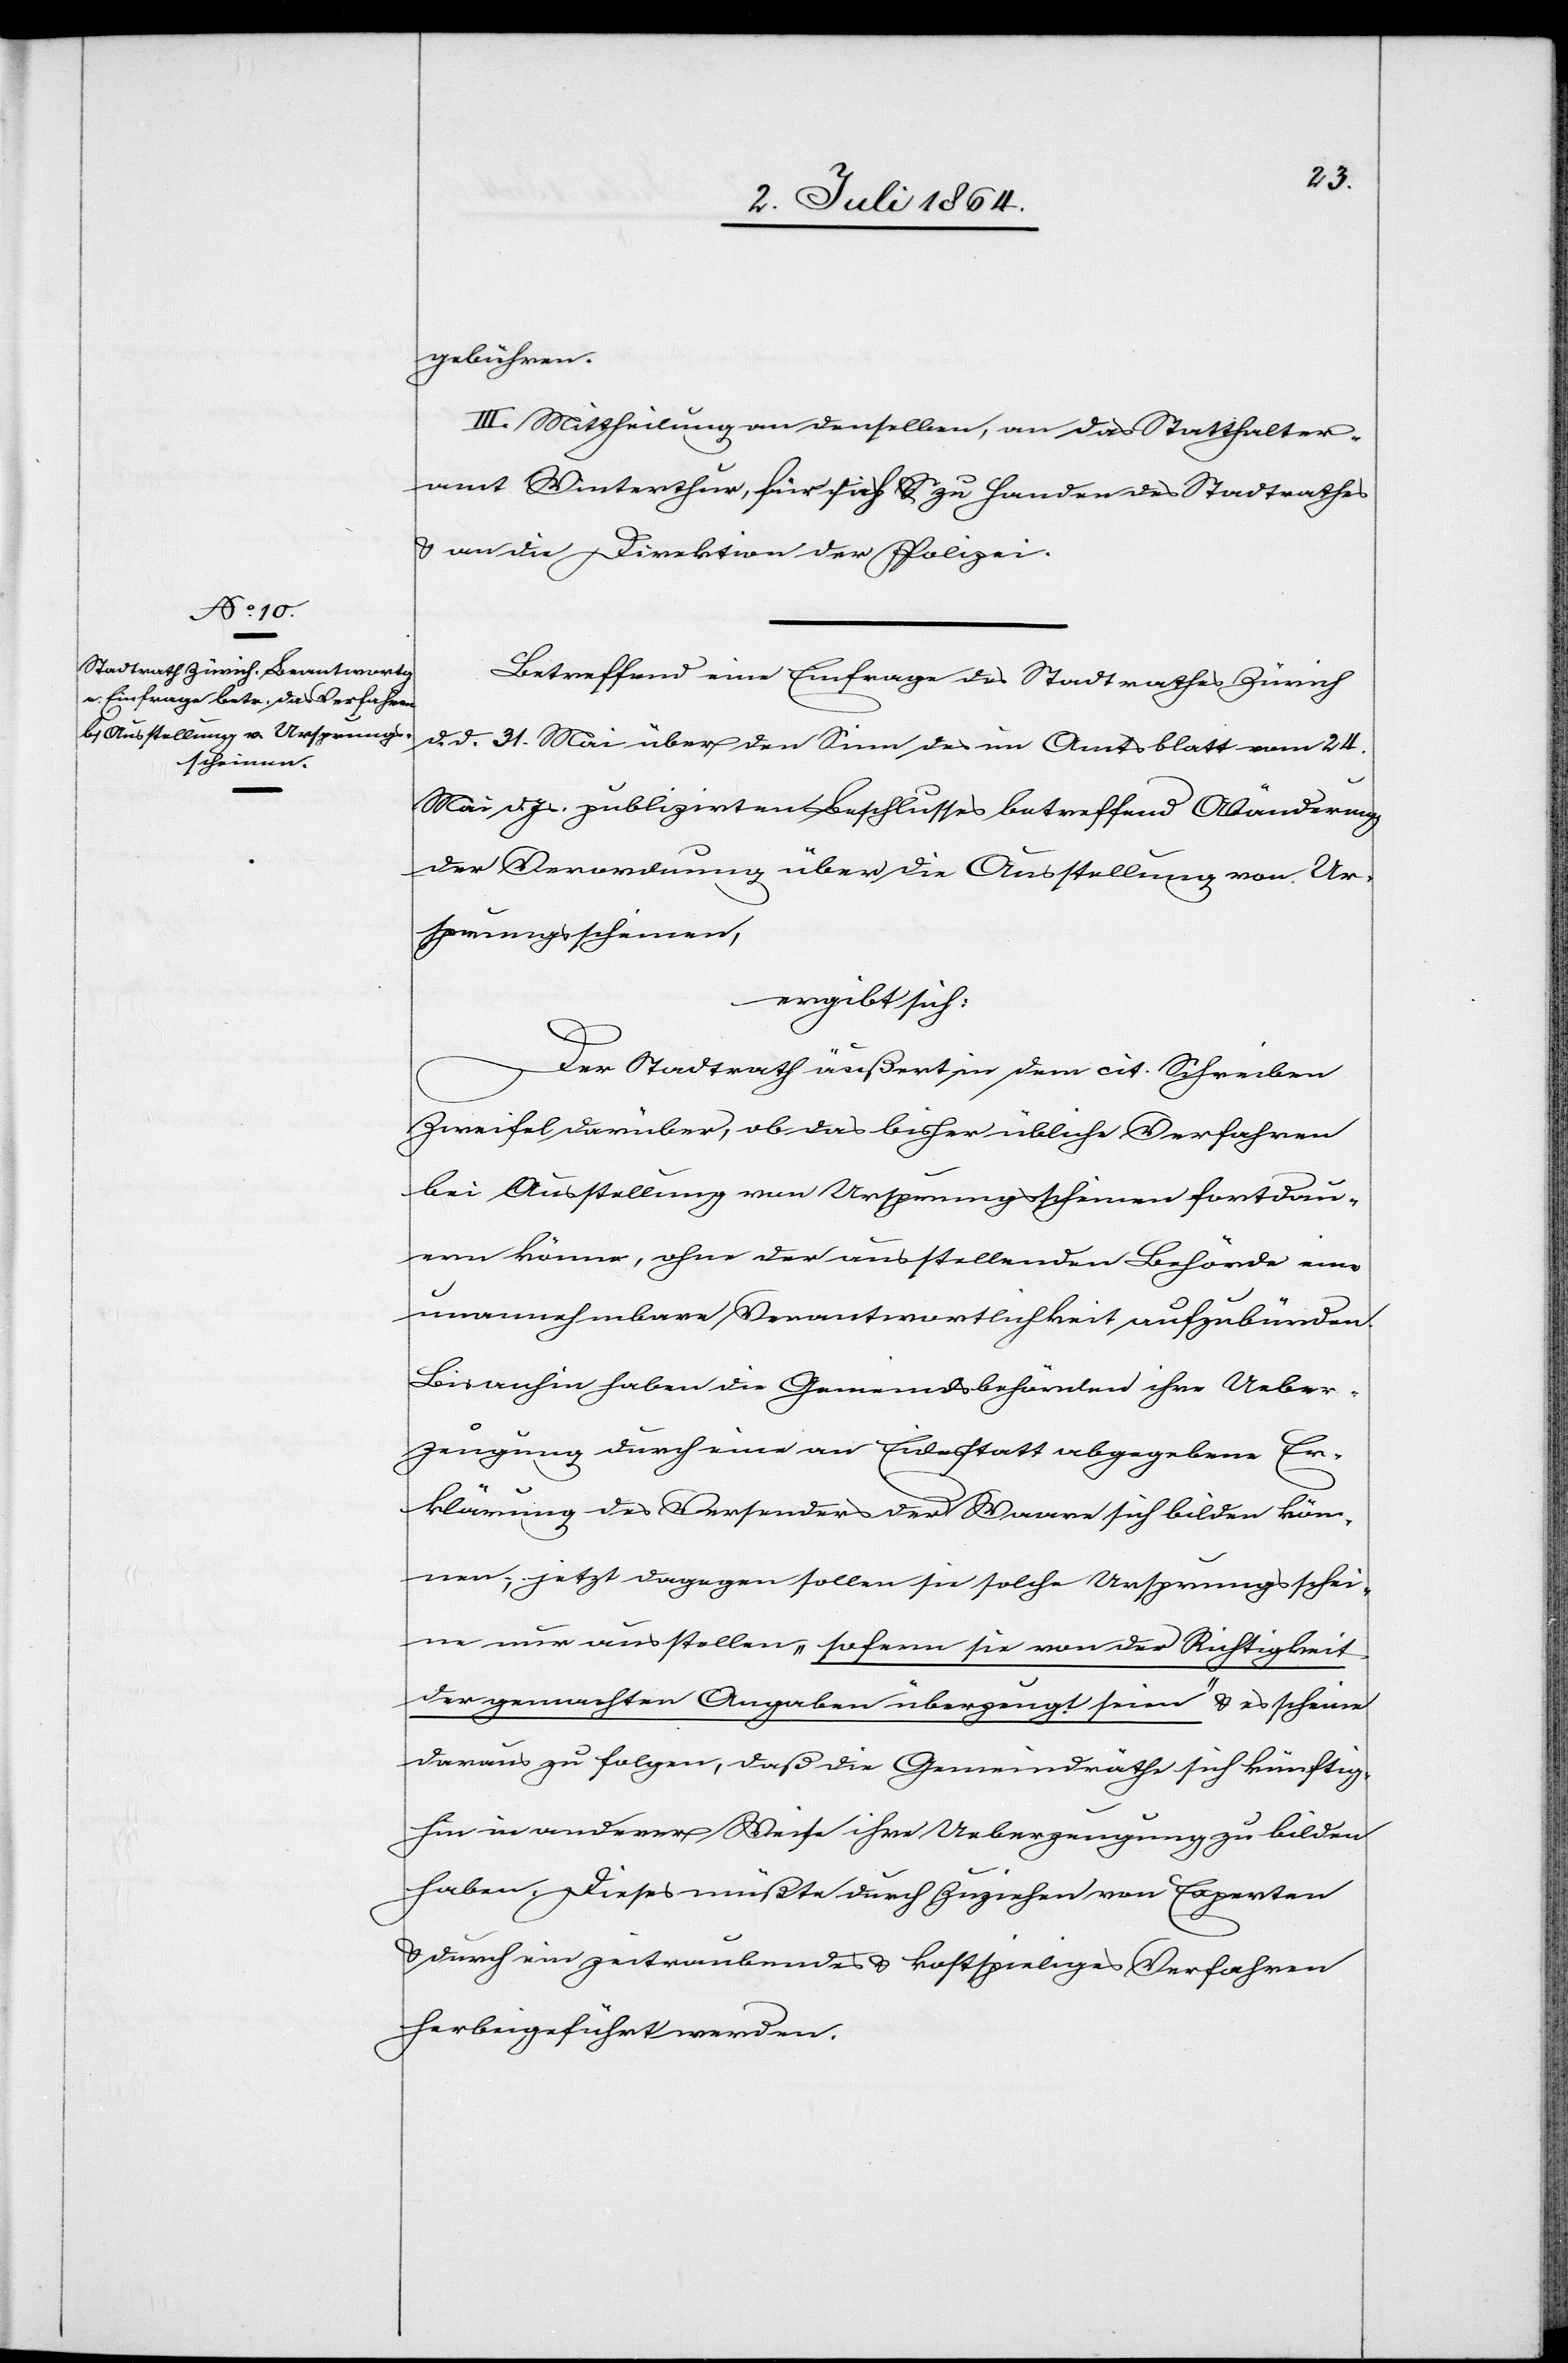
gebühren.
III. Mittheilung an denselben, an das Statthalter¬
amt Winterthur, für sich u. zu Handen des Stadtrathes
u. an die Direktion der Polizei.
Betreffend eine Einfrage des Stadtrathes Zürich
d. d. 31. Mai über den Sinn des im Amtsblatt vom 24.
Mai d. Js. publizirten Beschlusses betreffend Abänderung
der Verordnung über die Ausstellung von Ur¬
sprungsscheinen,
ergibt sich:
Der Stadtrath äußert in dem cit. Schreiben
Zweifel darüber, ob das bisher übliche Verfahren
bei Ausstellung von Ursprungsscheinen fortdau¬
ern könne, ohne der ausstellenden Behörde eine
unannehmbare Verantwortlichkeit aufzubürden.
Bis anhin haben die Gemeindsbehörden ihre Ueber¬
zeugung durch eine an Eidesstatt abgegebene Er¬
klärung des Versenders der Waare sich bilden kön¬
nen; jetzt dagegen sollen sie solche Ursprungsschei¬
ne nur ausstellen „sofern sie von der Richtigkeit
der gemachten Angaben überzeugt seien“ u. es scheine
daraus zu folgen, daß die Gemeindräthe sich künftig¬
hin in anderer Weise ihre Ueberzeugung zu bilden
haben. Dieses müßte durch Zuziehen von Experten
u. durch ein zeitraubendes u. kostspieliges Verfahren
herbeigeführt werden.